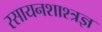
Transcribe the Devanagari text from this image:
रसायनशाश्त्रज्ञ